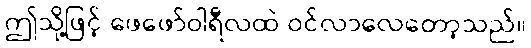
ဤသို့ဖြင့် ဖေဖော်ဝါရီလထဲ ဝင်လာလေတော့သည်။